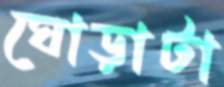
ঘোড়াটা